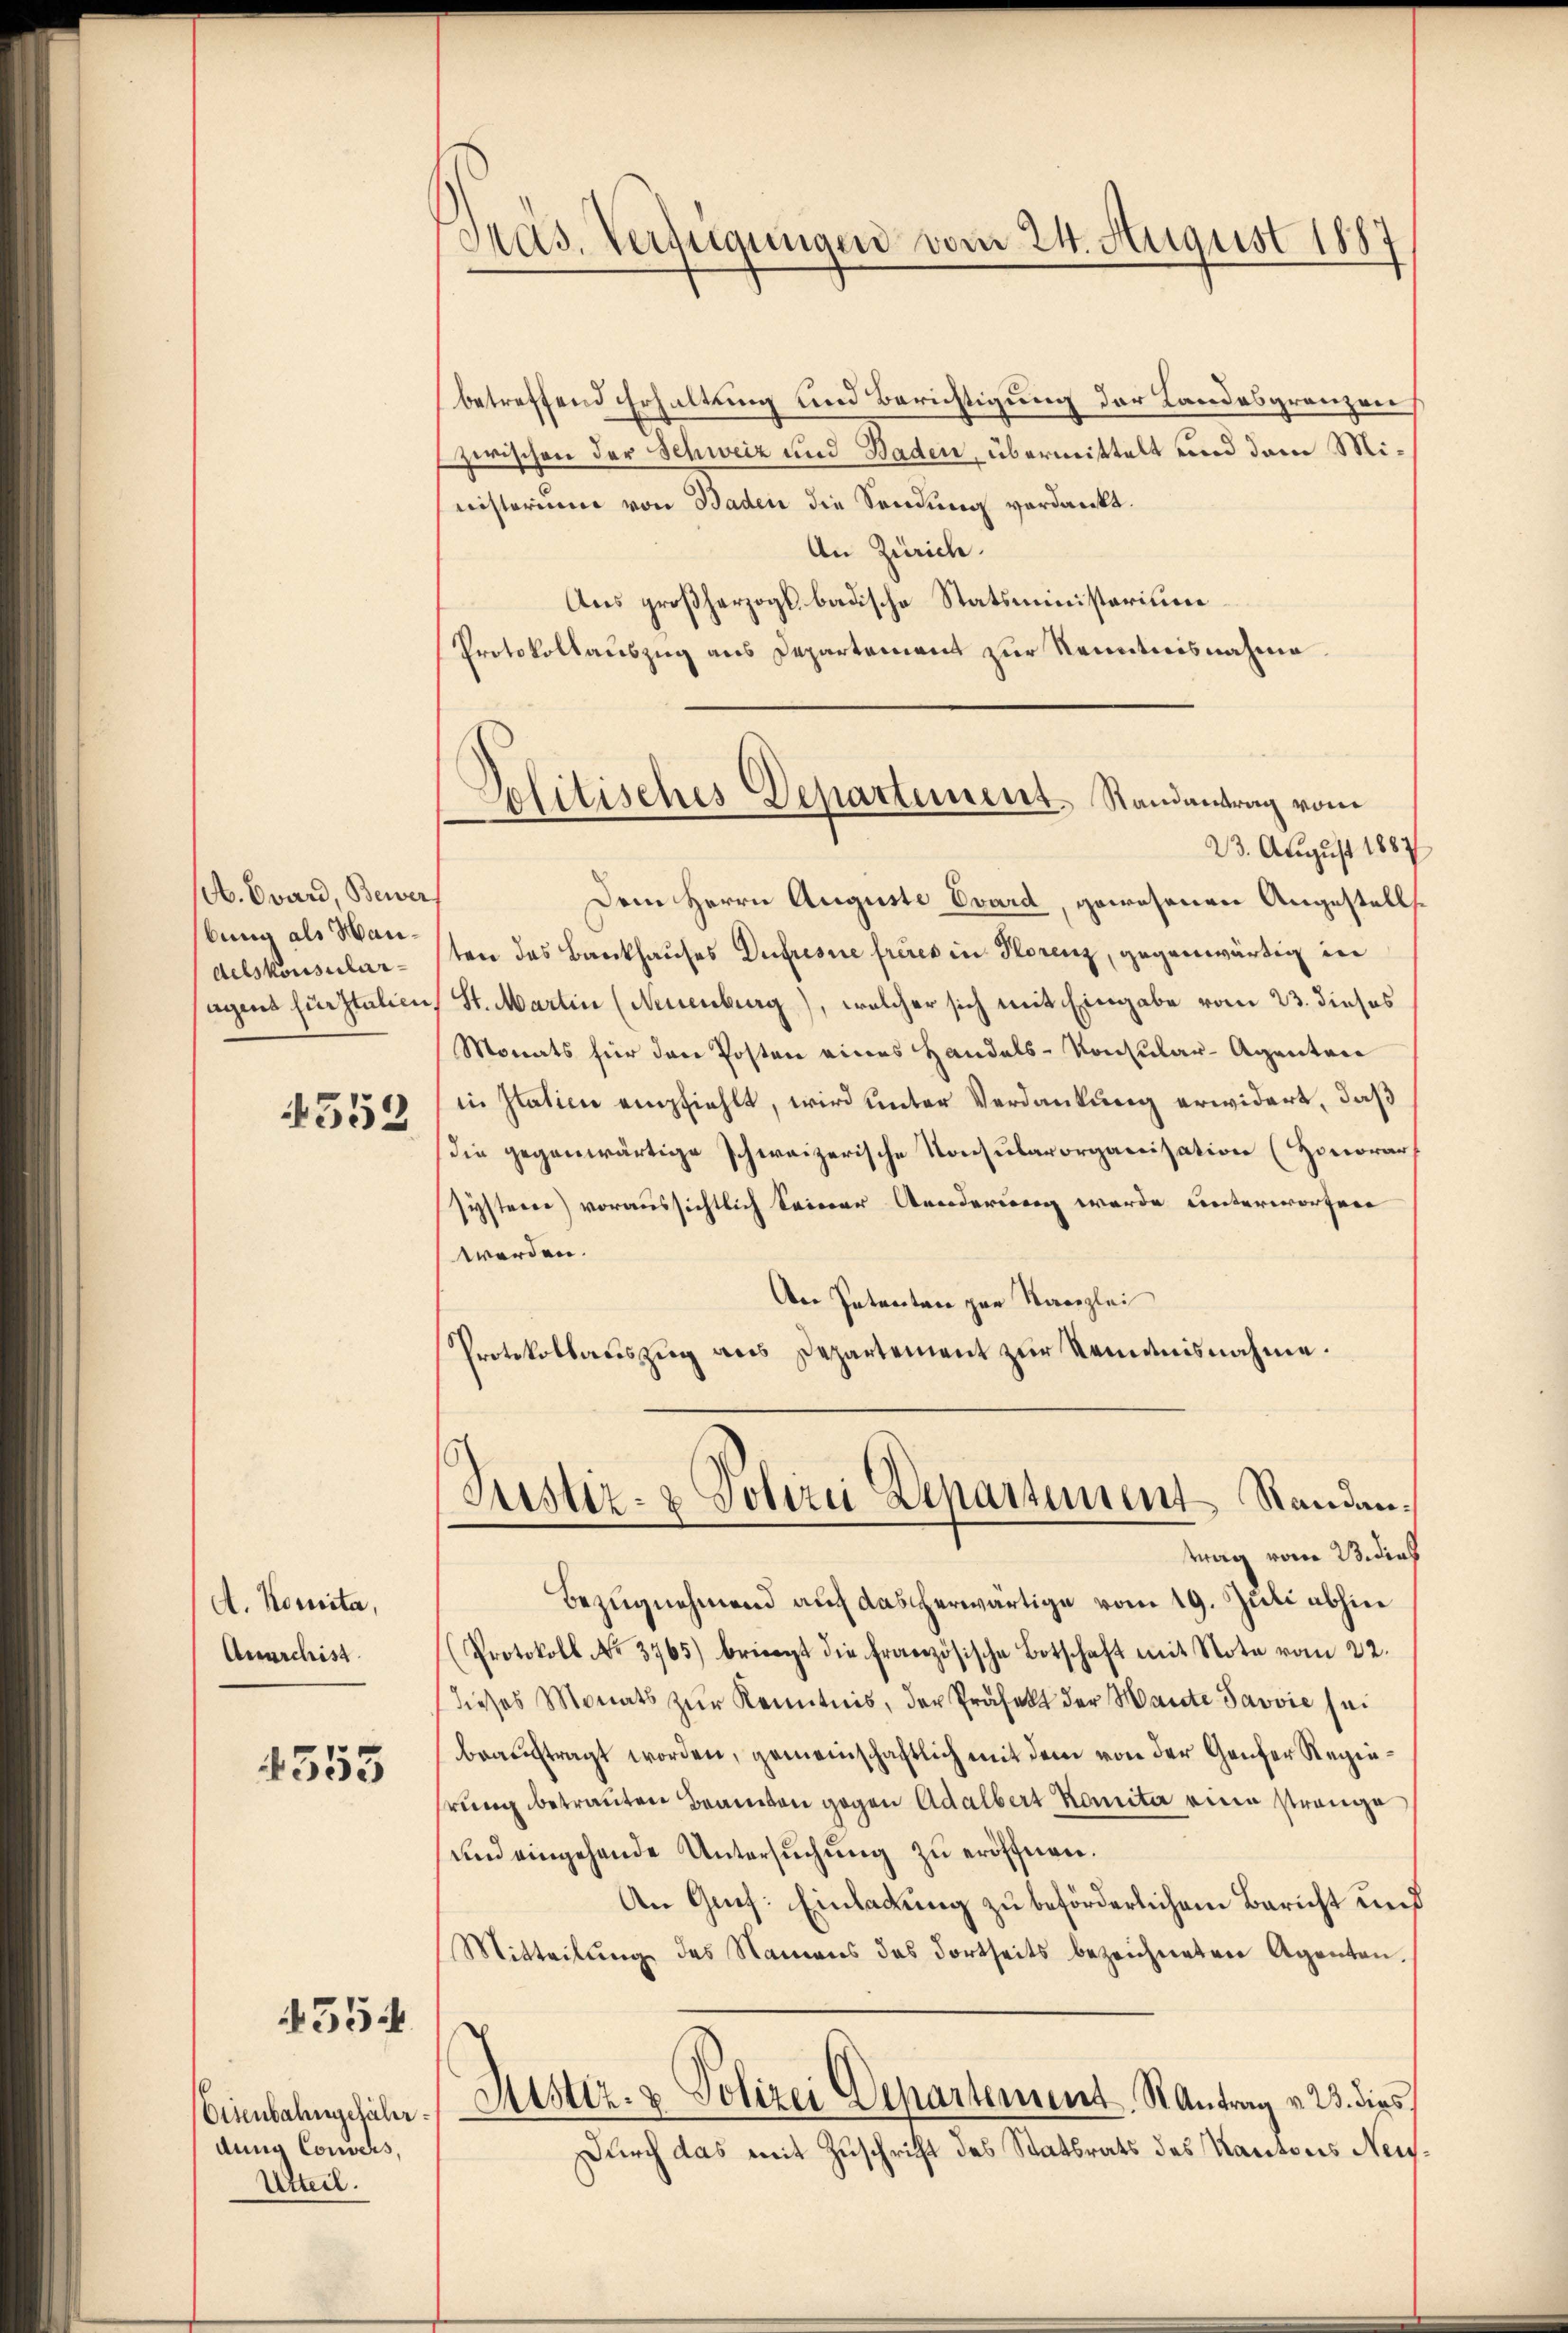
(. Evan, Bewer
bung als Handelskonsular-
agend furstulien,

4552

A. Komita,
Anarchist.

1355

354

Eisenbahngefährdung Convers,
Utteil.

)
Pas. Verfügungen vom 24. August 1887

betreffend Erhaltung und Berichtigung der Landesgrenzen
zwischen der Schweiz und Baden, übermittelt und dem Ministerium von Baden die Sendung verdankt.
An Zürich.
Aus großherzogs badische Statsministerium
Protokollauszug aus Departement zur Kenntnisnahme
23. August 1887
Dem Herrn Auguste Vvard, gewesenen Angestell
ten das Bankhauses Dupresne freies in Horenz, gegenwärtig in
St. Martin (Neuenburg), welcher sich mit Eingabe vom 23. dieses
Monats für den Posten eines Handels-Konsular-Agenteie
in Italien empfiehlt, wird unter Verdankung erwidert, daß
Die gegenwärtige schweizerische Konsularorganisation (Honorar,
systerer) voraussichtlich seiner Aenderung wurde unterworfen
werden.
An Petenten zur Kanzlei
Protokollauszug aus Departement zur Kenntnisnahme.
Justiz- & Polizei Departement Standantrag vom 23. dieß
Bezugnahmend auf dascherwärtige vom 19. Juli abhin
Protokoll No 3765) bringt die französische Botschaft mit Note vom 22.
dieses Monats zŭr Kenntnis, der Präfekt der Harte Savvić sei
beauftragt worden, gemeinschaftlich mit dem von der Genfer Regiehrung betrauten Brandon gegen Adalbert komite eine strange
und eingehande Untersŭchŭng zu eröffnen.
An Grif: Einladung zu beförderlichem Bericht und
Mitteilung des Namens des dortseits bezeichneten Agenten.
Mister- & Polizei Departement St. Antrag v. 23. dies
Durch das mit Zuschrift des Statsrats des Kantons Neu¬

Politisches Departement. Randantrag vom
—